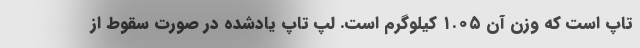
تاپ است که وزن آن ۱.۰۵ کیلوگرم است. لپ تاپ یادشده در صورت سقوط از